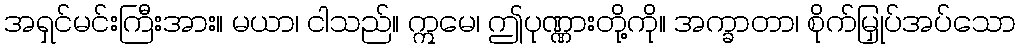
အရှင်မင်းကြီးအား။ မယာ၊ ငါသည်။ ဣမေ၊ ဤပုဏ္ဏားတို့ကို။ အက္ခာတာ၊ စိုက်မြှုပ်အပ်သော